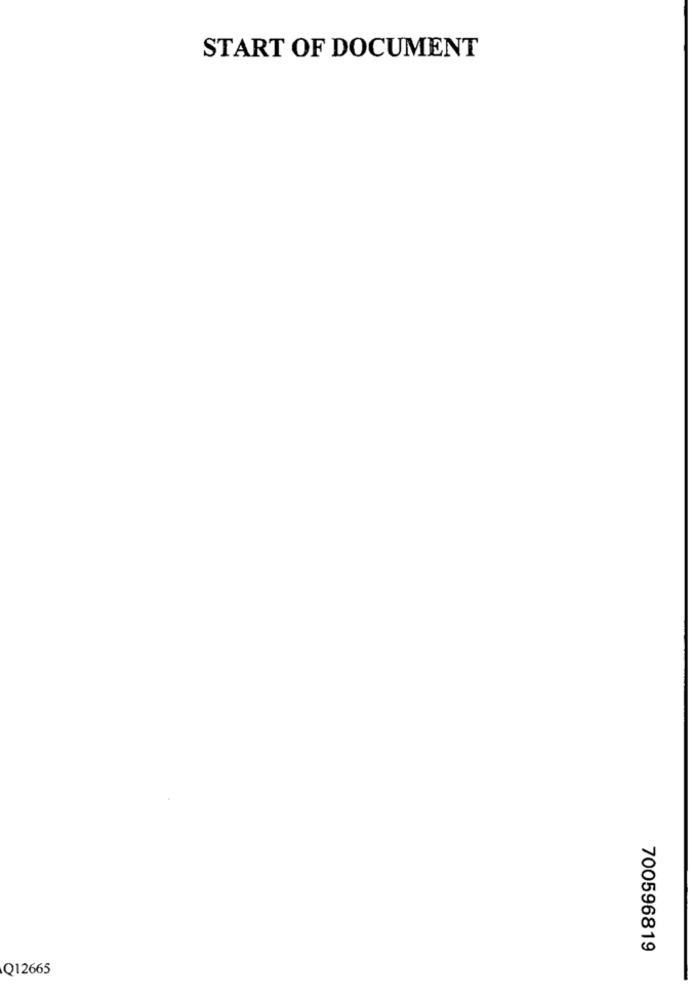
START OF DOCUMENT
700596819
Q12665